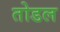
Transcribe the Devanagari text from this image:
तोडल